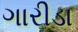
ગારીડા